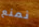
نمنع